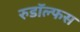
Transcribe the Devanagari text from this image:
रुडॉल्फस